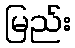
မြည်း